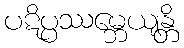
ပဋိပ္ပဿမ္ဘေယျန္တိ